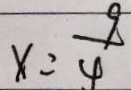
x = \frac { 9 } { 4 }